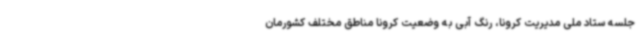
جلسه ستاد ملی مدیریت کرونا، رنگ آبی به وضعیت کرونا مناطق مختلف کشورمان